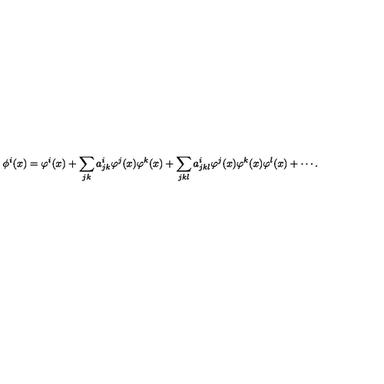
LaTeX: \phi ^ { i } ( x ) = \varphi ^ { i } ( x ) + \sum _ { j k } a _ { j k } ^ { i } \varphi ^ { j } ( x ) \varphi ^ { k } ( x ) + \sum _ { j k l } a _ { j k l } ^ { i } \varphi ^ { j } ( x ) \varphi ^ { k } ( x ) \varphi ^ { l } ( x ) + \cdots .